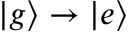
\vert g \rangle \rightarrow \vert e \rangle